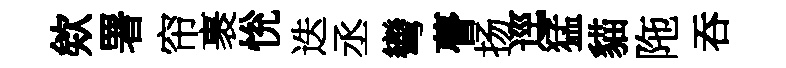
欸署帘裹恱迭丞彎瞢扬逕猛貓陁吞